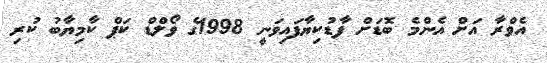
އެވްރާ އަށް އެންމެ ބޮޑަށް ފާޑުކިޔާފައިވަނީ 1998ގެ ވޯލްޑް ކަޕް ކާމިޔާބު ކުރި